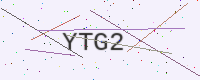
Text: YTG2